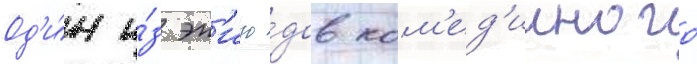
Од'и́н и́з эп'изо́дов ком'ед'ииного